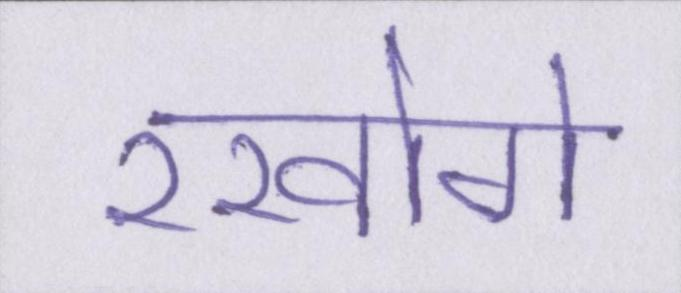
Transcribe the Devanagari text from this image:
रखोगे